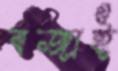
বজাই